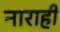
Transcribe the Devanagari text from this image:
नाराही